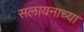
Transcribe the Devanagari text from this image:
सलायनाच्या